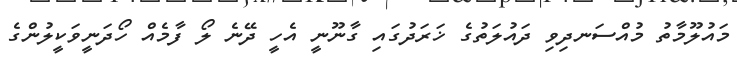
މައުލޫމާތު މުއްސަނދިވި ދައުލަތުގެ ޚަރަދުގައި ގާނޫނީ އެހީ ދޭނެ ލޯ ފާމެއް ހޯދަނީވަކީލުންގެ